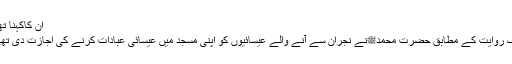
ان کاکہنا تھا ’
ایک روایت کے مطابق حضرت محمدٍﷺنے نجران سے آنے والے عیسائیوں کو اپنی مسجد میں عیسائی عبادات کرنے کی اجازت دی تھی ۔